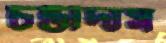
চন্ডীদাস